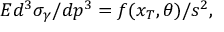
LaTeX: E d ^ { 3 } \sigma _ { \gamma } / d p ^ { 3 } = f ( x _ { T } , \theta ) / s ^ { 2 } ,